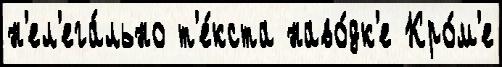
н'ел'ега́льно т'е́кста наво́дк'е Кро́м'е